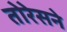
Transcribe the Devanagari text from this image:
तोरेसने